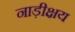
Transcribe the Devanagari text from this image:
नाड़ीक्षय